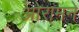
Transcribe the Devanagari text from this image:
ओरामने